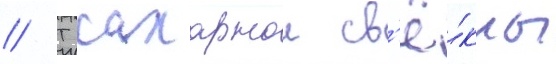
// Т сахарнои св'ё́клы